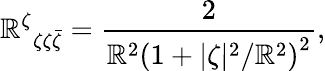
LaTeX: \mathbb{R}^{\zeta}{}_{\zeta\zeta\bar{{\zeta}}}=\frac{{2}}{{\mathbb{R}^{2}\left(1+{|\zeta|^{2}}/{\mathbb{R}^{2}}\right)^{2}}},